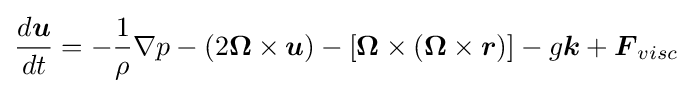
{\frac {d{\boldsymbol {u}}}{dt}}=-{\frac {1}{\rho }}\nabla p-(2{\boldsymbol {\Omega }}\times {\boldsymbol {u}})-[{\boldsymbol {\Omega }}\times ({\boldsymbol {\Omega }}\times {\boldsymbol {r}})]-g{\boldsymbol {k}}+{\boldsymbol {F}}_{visc}